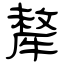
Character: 犛